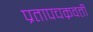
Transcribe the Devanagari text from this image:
प्रतापचक्रवर्ती